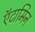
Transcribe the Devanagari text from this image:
ऍटामिन